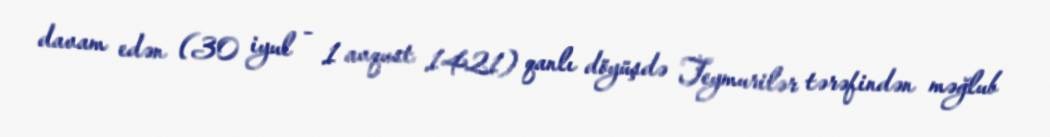
davam edən (30 iyul - 1 avqust 1421) qanlı döyüşdə Teymurilər tərəfindən məğlub